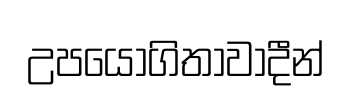
උපයෝගිතාවාදීන්